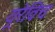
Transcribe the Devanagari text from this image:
यूरेविच